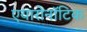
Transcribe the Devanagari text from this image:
एयारोनॉटिक